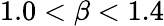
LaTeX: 1.0<\beta<1.4